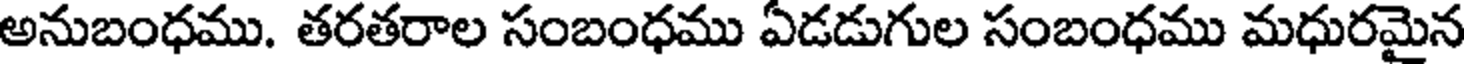
అనుబంధము. తరతరాల సంబంధము ఏడడుగుల సంబంధము మధురమైన